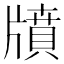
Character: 𤗸